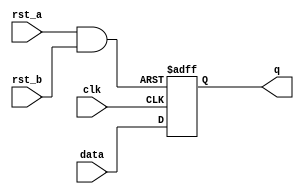
module RST_IS_DCMB (q, data, clk, rst_a, rst_b);
   output q;
   input data, clk, rst_a, rst_b;
   reg q;
   wire reset;
   assign reset = rst_a & rst_b;
   always @(posedge clk or negedge reset)
   begin
      if (!reset)
      q <= 1'b0;
      else
      q <= data;
   end
endmodule